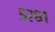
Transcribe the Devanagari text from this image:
५७८१